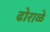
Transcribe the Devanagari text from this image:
ढोराळे